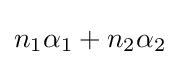
n_{1}\alpha _{1}+n_{2}\alpha _{2}